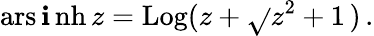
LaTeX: \operatorname{ars\mathbf{i}nh}z=\operatorname{Log}(z+{\sqrt{}{{z^{2}+1}}}\, )\, .